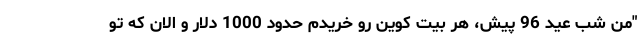
"من شب عید 96 پیش، هر بیت کوین رو خریدم حدود 1000 دلار و الان که تو